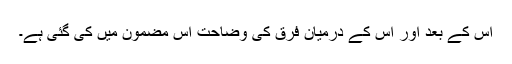
اس کے بعد اور اس کے درمیان فرق کی وضاحت اس مضمون میں کی گئی ہے۔